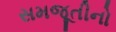
સમજૂતીનો